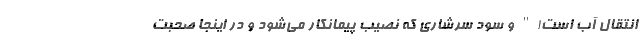
انتقال آب است!" و سود سرشاری که نصیب پیمانکار می‌شود و در اینجا صحبت